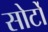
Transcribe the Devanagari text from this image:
सोर्टो